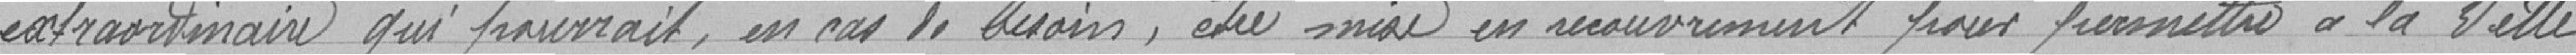
extraordinaire qui pourrait, en cas de besoin, être mise en recouvrement pour permettre à la Ville